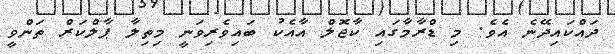
ދައްކައިދޭނެ އެވެ. މި ޑްރާމާގައި ކާޖޮލް އާއެކު ބައިވެރިވަނީ މިތިލާ ޕާލްކަރް ތަންވީ